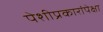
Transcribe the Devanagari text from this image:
पेशीप्रकारांपेक्षा